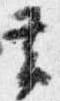
帯